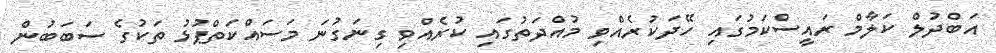
އަބްދުލް ކަލާމް ރައީސްކަމުގައި ހޭދަކުރެއްވި މުއްދަތުގައި ކުރެއްވި ގިނަގުނަ މަސައްކަތްޕުޅު ތަކުގެ ސަބަބުން